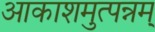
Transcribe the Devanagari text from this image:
आकाशमुत्पन्नम्‌